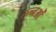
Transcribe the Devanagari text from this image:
रत्नओं